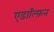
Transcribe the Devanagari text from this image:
एडाल्फ़िन